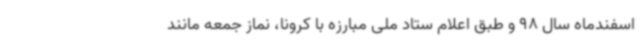
اسفندماه سال 98 و طبق اعلام ستاد ملی مبارزه با کرونا، نماز جمعه مانند